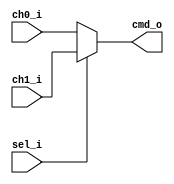
// Name: mux_ch.v
//
// Description: Multiplexor de 2:1 para seleccionar entre ch0-10010111 y ch1-11010111 del ADC.

module mux_ch #(
  parameter Width = 8
) (
  input               sel_i,
  input   [Width-1:0] ch0_i,
  input   [Width-1:0] ch1_i,
  output  [Width-1:0] cmd_o
);

  assign cmd_o = sel_i ? ch1_i : ch0_i;
endmodule